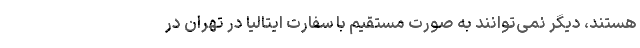
هستند، دیگر نمی‌توانند به صورت مستقیم با سفارت ایتالیا در تهران در